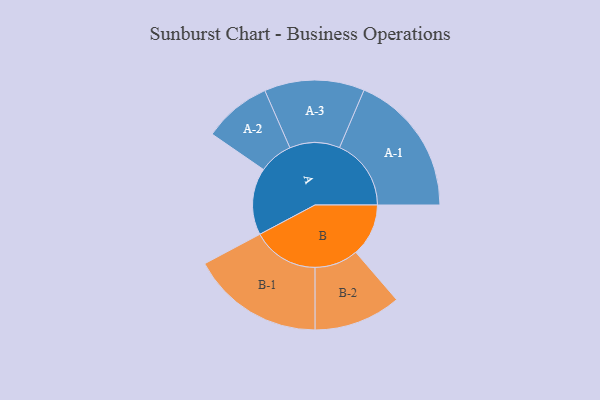
{"axis": {"x": "Segment", "y": "Value"}, "legend": ["", "A", "B"], "data": [{"x": "A", "y": 258, "type": ""}, {"x": "B", "y": 203, "type": ""}, {"x": "A-1", "y": 276, "type": "A"}, {"x": "A-2", "y": 131, "type": "A"}, {"x": "A-3", "y": 193, "type": "A"}, {"x": "B-1", "y": 256, "type": "B"}, {"x": "B-2", "y": 168, "type": "B"}]}